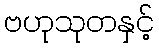
ဗဟုသုတနှင့်